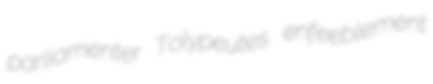
parliamenter Tolypeutes enfeeblement